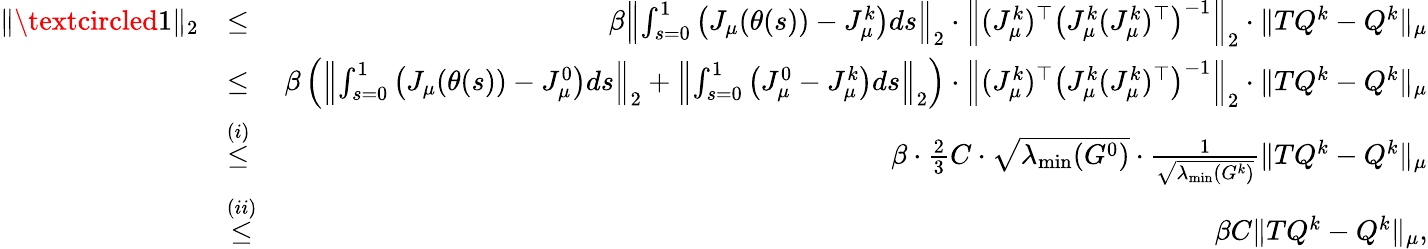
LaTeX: \begin{array}{rlr}{\| \textcircled{1}\| _{2}}&{\leq}&{\beta\left\| \int_{s=0}^{1}\left(J_{\mu}(\theta(s))-J_{\mu}^{k}\right)ds\right\| _{2}\cdot\left\| (J_{\mu}^{k})^{\top}\left(J_{\mu}^{k}(J_{\mu}^{k})^{\top}\right)^{-1}\right\| _{2}\cdot\| TQ^{k}-Q^{k}\| _{\mu}}\\ &{\leq}&{\beta\left(\left\| \int_{s=0}^{1}\left(J_{\mu}(\theta(s))-J_{\mu}^{0}\right)ds\right\| _{2}+\left\| \int_{s=0}^{1}\left(J_{\mu}^{0}-J_{\mu}^{k}\right)ds\right\| _{2}\right)\cdot\left\| (J_{\mu}^{k})^{\top}\left(J_{\mu}^{k}(J_{\mu}^{k})^{\top}\right)^{-1}\right\| _{2}\cdot\| TQ^{k}-Q^{k}\| _{\mu}}\\ &{\overset{(i)}{\leq}}&{\beta\cdot\frac{2}{3}C\cdot\sqrt{\lambda_{\operatorname*{min}}(G^{0})}\cdot\frac{1}{\sqrt{\lambda_{\operatorname*{min}}(G^{k})}}\| TQ^{k}-Q^{k}\| _{\mu}}\\ &{\overset{(ii)}{\leq}}&{\beta C\| TQ^{k}-Q^{k}\| _{\mu},}\end{array}